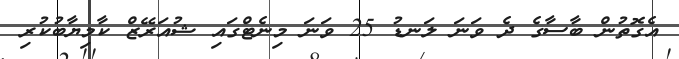
އެގޮތުން ބާސާގެ ދެ ވަނަ ލަނޑު 25 ވަނަ މިނެޓްގައި ޝުއަރޭޒް ކާމިޔާބުކުރި